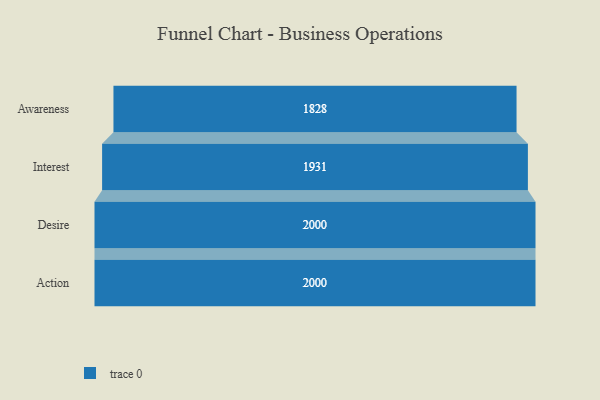
{"axis": {"x": "Stage", "y": "Value"}, "legend": [""], "data": [{"x": "Awareness", "y": 1828.0, "type": ""}, {"x": "Interest", "y": 1931.0, "type": ""}, {"x": "Desire", "y": 2000, "type": ""}, {"x": "Action", "y": 2000, "type": ""}]}